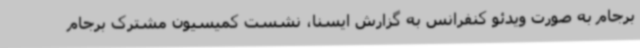
برجام به صورت ویدئو کنفرانس به گزارش ایسنا، نشست کمیسیون مشترک برجام